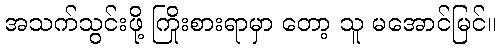
အသက်သွင်းဖို့ ကြိုးစားရာမှာ တော့ သူ မအောင်မြင်။